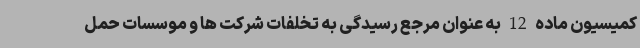
کمیسیون ماده 12 به عنوان مرجع رسیدگی به تخلفات شرکت ها و موسسات حمل